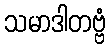
သမာဒါတဗ္ဗံ